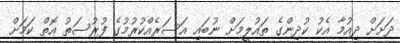
ދަށަށް ދިއުމާ އެކު ކުދިންގެ ތައުލީމަށް ނުބައި އަސަރެއްކުރުމުގެ ފުރުސަތު އޮތް ކަމަށް